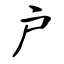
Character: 户